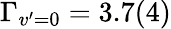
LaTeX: \Gamma_{v^{\prime}=0}=3.7(4)